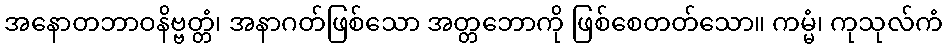
အနောတဘာဝနိဗ္ဗတ္တံ၊ အနာဂတ်ဖြစ်သော အတ္တဘောကို ဖြစ်စေတတ်သော။ ကမ္မံ၊ ကုသုလ်ကံ